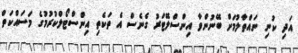
އަދި ކުނި ނައްތާލުމަށް ބޭނުންވާ އިންސްލޭޓަރު ގެނެސް އެ ތަކެތި އިންސްޓޯލްކުރުމުގެ މަސައްކަތް